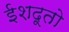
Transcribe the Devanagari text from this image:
ईशदूतो